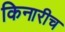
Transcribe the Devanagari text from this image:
किनारीच